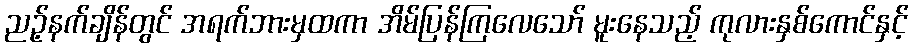
ညဉ့်နက်ချိန်တွင် အရက်ဘားမှထကာ အိမ်ပြန်ကြလေသော် မူးနေသည့် ကုလားနှစ်ကောင်နှင့်